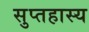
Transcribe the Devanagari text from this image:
सुप्तहास्य